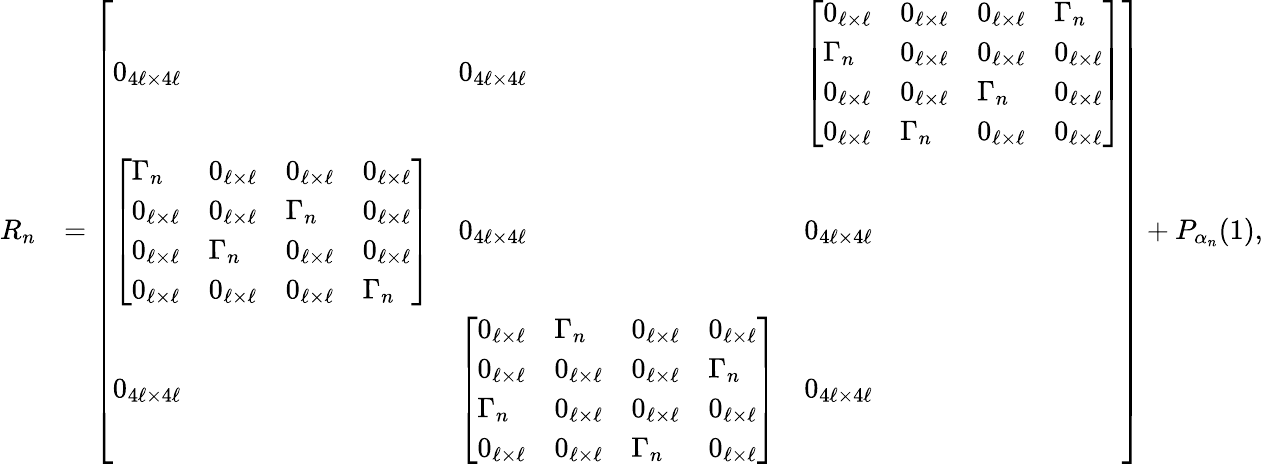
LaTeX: \begin{array}{rl}{R_{n}}&{=\left[\begin{array}{lll}{0_{4\ell\times 4\ell}}&{0_{4\ell\times 4\ell}}&{\left[\begin{array}{llll}{0_{\ell\times\ell}}&{0_{\ell\times\ell}}&{0_{\ell\times\ell}}&{\Gamma_{n}}\\ {\Gamma_{n}}&{0_{\ell\times\ell}}&{0_{\ell\times\ell}}&{0_{\ell\times\ell}}\\ {0_{\ell\times\ell}}&{0_{\ell\times\ell}}&{\Gamma_{n}}&{0_{\ell\times\ell}}\\ {0_{\ell\times\ell}}&{\Gamma_{n}}&{0_{\ell\times\ell}}&{0_{\ell\times\ell}}\end{array}\right]}\\ {\left[\begin{array}{llll}{\Gamma_{n}}&{0_{\ell\times\ell}}&{0_{\ell\times\ell}}&{0_{\ell\times\ell}}\\ {0_{\ell\times\ell}}&{0_{\ell\times\ell}}&{\Gamma_{n}}&{0_{\ell\times\ell}}\\ {0_{\ell\times\ell}}&{\Gamma_{n}}&{0_{\ell\times\ell}}&{0_{\ell\times\ell}}\\ {0_{\ell\times\ell}}&{0_{\ell\times\ell}}&{0_{\ell\times\ell}}&{\Gamma_{n}}\end{array}\right]}&{0_{4\ell\times 4\ell}}&{0_{4\ell\times 4\ell}}\\ {0_{4\ell\times 4\ell}}&{\left[\begin{array}{llll}{0_{\ell\times\ell}}&{\Gamma_{n}}&{0_{\ell\times\ell}}&{0_{\ell\times\ell}}\\ {0_{\ell\times\ell}}&{0_{\ell\times\ell}}&{0_{\ell\times\ell}}&{\Gamma_{n}}\\ {\Gamma_{n}}&{0_{\ell\times\ell}}&{0_{\ell\times\ell}}&{0_{\ell\times\ell}}\\ {0_{\ell\times\ell}}&{0_{\ell\times\ell}}&{\Gamma_{n}}&{0_{\ell\times\ell}}\end{array}\right]}&{0_{4\ell\times 4\ell}}\end{array}\right]+P_{\alpha_{n}}(1),}\end{array}